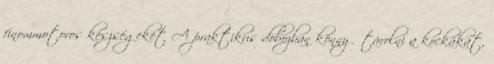
finommotoros készségeket A praktikus dobozban könnyű tárolni a kockákat,